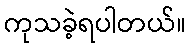
ကုသခဲ့ရပါတယ်။